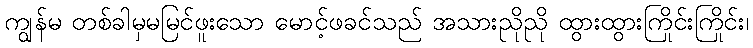
ကျွန်မ တစ်ခါမှမမြင်ဖူးသော မောင့်ဖခင်သည် အသားညိုညို ထွားထွားကြိုင်းကြိုင်း၊